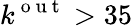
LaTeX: k^{\mathrm{~o~u~t~}}>35